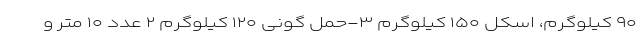
۹۰ کیلوگرم، اسکل ۱۵۰ کیلوگرم ۳-حمل گونی ۱۲۰ کیلوگرم ۲ عدد ۱۰ متر و